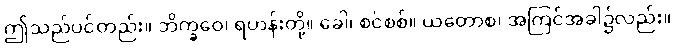
ဤသည်ပင်တည်း။ ဘိက္ခဝေ၊ ရဟန်းတို့။ ခေါ၊ စင်စစ်။ ယတောစ၊ အကြင်အခါ၌လည်း။